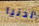
الدنيا